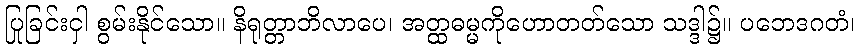
ပြုခြင်းငှါ စွမ်းနိုင်သော။ နိရုတ္တာဘိလာပေ၊ အတ္ထဓမ္မကိုဟောတတ်သော သဒ္ဒါ၌။ ပဘေဒဂတံ၊